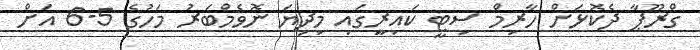
ގްރޫޕާ ދެކޮޅަށް ހާރިމް ސިޓީ ކައިރީގައި މިދިޔަ ނޮވެމްބަރު މަހުގެ 5-6 އަށް